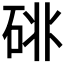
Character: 𥒩